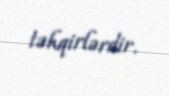
təhqirlərdir.